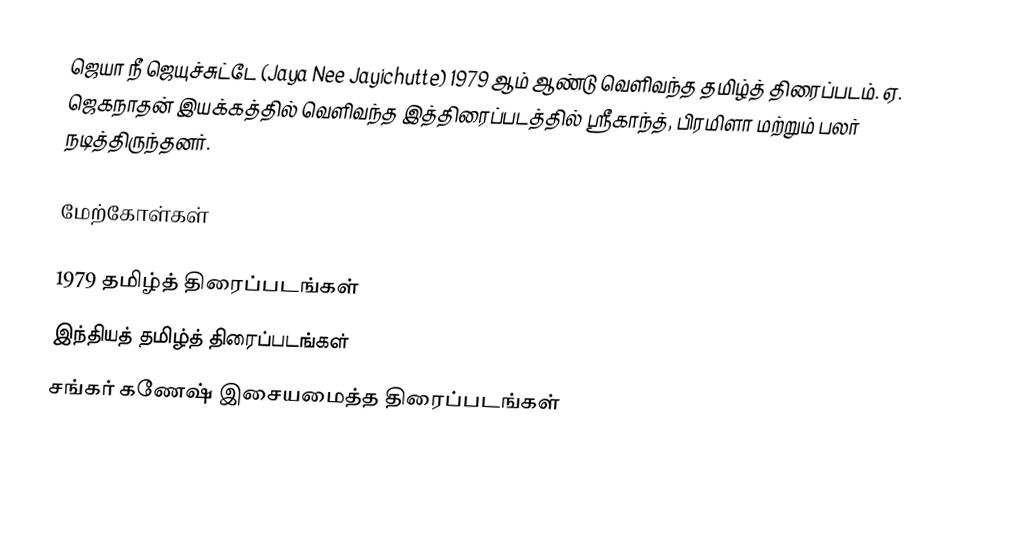
ஜெயா நீ ஜெயுச்சுட்டே (Jaya Nee Jayichutte) 1979 ஆம் ஆண்டு வெளிவந்த தமிழ்த் திரைப்படம். ஏ. ஜெகநாதன் இயக்கத்தில் வெளிவந்த இத்திரைப்படத்தில் ஸ்ரீகாந்த், பிரமிளா மற்றும் பலர் நடித்திருந்தனர்.

மேற்கோள்கள்

1979 தமிழ்த் திரைப்படங்கள்
இந்தியத் தமிழ்த் திரைப்படங்கள்
சங்கர் கணேஷ் இசையமைத்த திரைப்படங்கள்